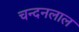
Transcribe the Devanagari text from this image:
चन्दनलाल